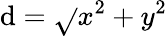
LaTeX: \mathrm{d}={\sqrt{}{{x^{2}+y^{2}}}}